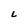
Character: L